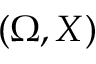
( \Omega , X )